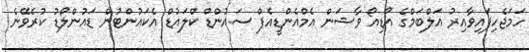
ހަމަޖެހިފައިވާއިރު އަލްބަމްގެ އޯޑިއޯ ވާޝަން އެމްއެންޑީއެފް ސައުންޑް ކްލައުޑް އެކައުންޓުން ޑައުންލޯޑު ކުރެވޭނެ